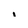
Character: i